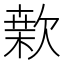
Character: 𣤂